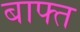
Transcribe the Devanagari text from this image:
बाफ्त